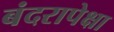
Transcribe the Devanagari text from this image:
बंदरापेक्षा